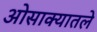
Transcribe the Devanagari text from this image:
ओसाक्यातले